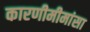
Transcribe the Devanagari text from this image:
कारणीमीमांसा